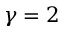
\gamma = 2